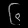
Digit: ၆